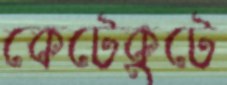
কেটেকুটে